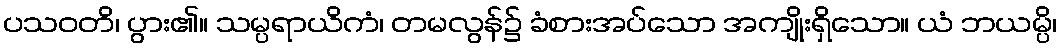
ပသဝတိ၊ ပွား၏။ သမ္ပရာယိကံ၊ တမလွန်၌ ခံစားအပ်သော အကျိုးရှိသော။ ယံ ဘယမ္ပိ၊